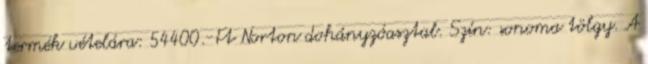
termék vételára: 54400.-Ft Norton dohányzóasztal. Szín: sonoma tölgy. A